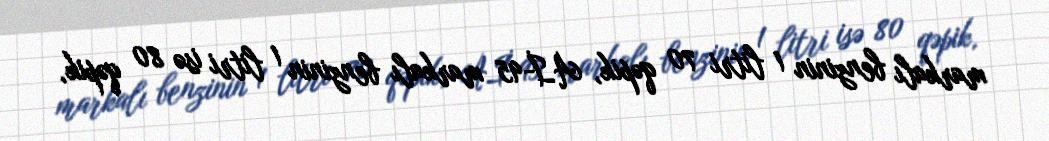
markalı benzinin 1 litri 70 qəpik, Aİ-95 markalı benzinin 1 litri isə 80 qəpik,